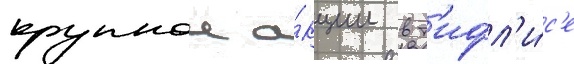
крупнои а́кции в т'ифл'и́с'е